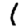
Digit: 1